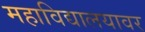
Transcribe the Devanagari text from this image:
महाविद्यालयावर